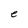
Character: e